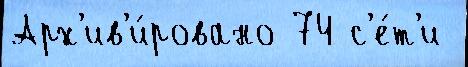
Арх'ив'и́ровано 74 с'е́т'и